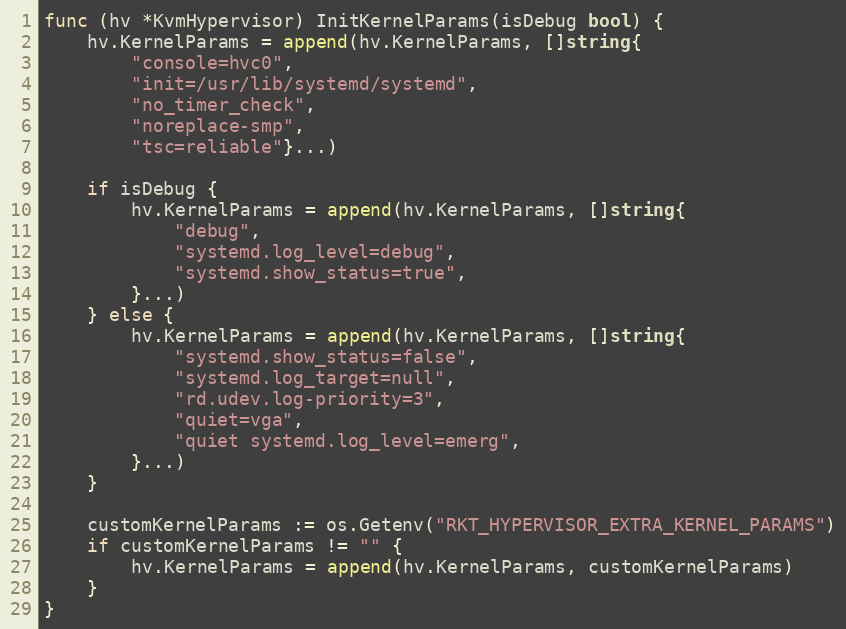
Language: Go
func (hv *KvmHypervisor) InitKernelParams(isDebug bool) {
	hv.KernelParams = append(hv.KernelParams, []string{
		"console=hvc0",
		"init=/usr/lib/systemd/systemd",
		"no_timer_check",
		"noreplace-smp",
		"tsc=reliable"}...)

	if isDebug {
		hv.KernelParams = append(hv.KernelParams, []string{
			"debug",
			"systemd.log_level=debug",
			"systemd.show_status=true",
		}...)
	} else {
		hv.KernelParams = append(hv.KernelParams, []string{
			"systemd.show_status=false",
			"systemd.log_target=null",
			"rd.udev.log-priority=3",
			"quiet=vga",
			"quiet systemd.log_level=emerg",
		}...)
	}

	customKernelParams := os.Getenv("RKT_HYPERVISOR_EXTRA_KERNEL_PARAMS")
	if customKernelParams != "" {
		hv.KernelParams = append(hv.KernelParams, customKernelParams)
	}
}